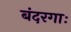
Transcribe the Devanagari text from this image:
बंदरगाः